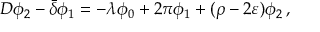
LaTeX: D \phi _ { 2 } - { \bar { \delta } } \phi _ { 1 } = - \lambda \phi _ { 0 } + 2 \pi \phi _ { 1 } + ( \rho - 2 \varepsilon ) \phi _ { 2 } \, ,